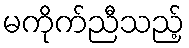
မကိုက်ညီသည့်